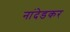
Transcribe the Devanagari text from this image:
नांदेडकर